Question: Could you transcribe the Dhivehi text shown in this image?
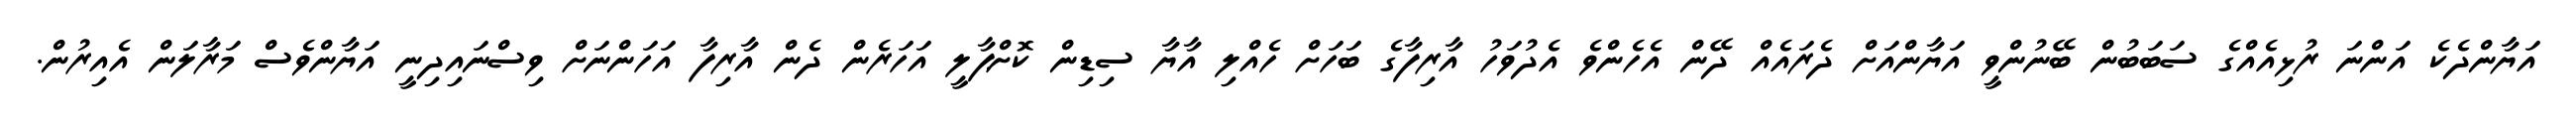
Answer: އަޔާންދެކެ އަންނަ ރުޅިއެއްގެ ސަބަބުން ބޭނުންވީ އަޔާންއަށް ދެރައެއް ދޭން އެހެންވެ އެދުވަހު އާރިފާގެ ބަހަށް ހެއްލި އާޔާ ސިޑިން ކޮށްޕާލީ އަހަރެން ދެން އާރިފާ އަހަންނަށް ވިސްނައިދިނީ އަޔާންވެސް މަރާލަން އެއިރުން.